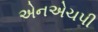
એનએચપી